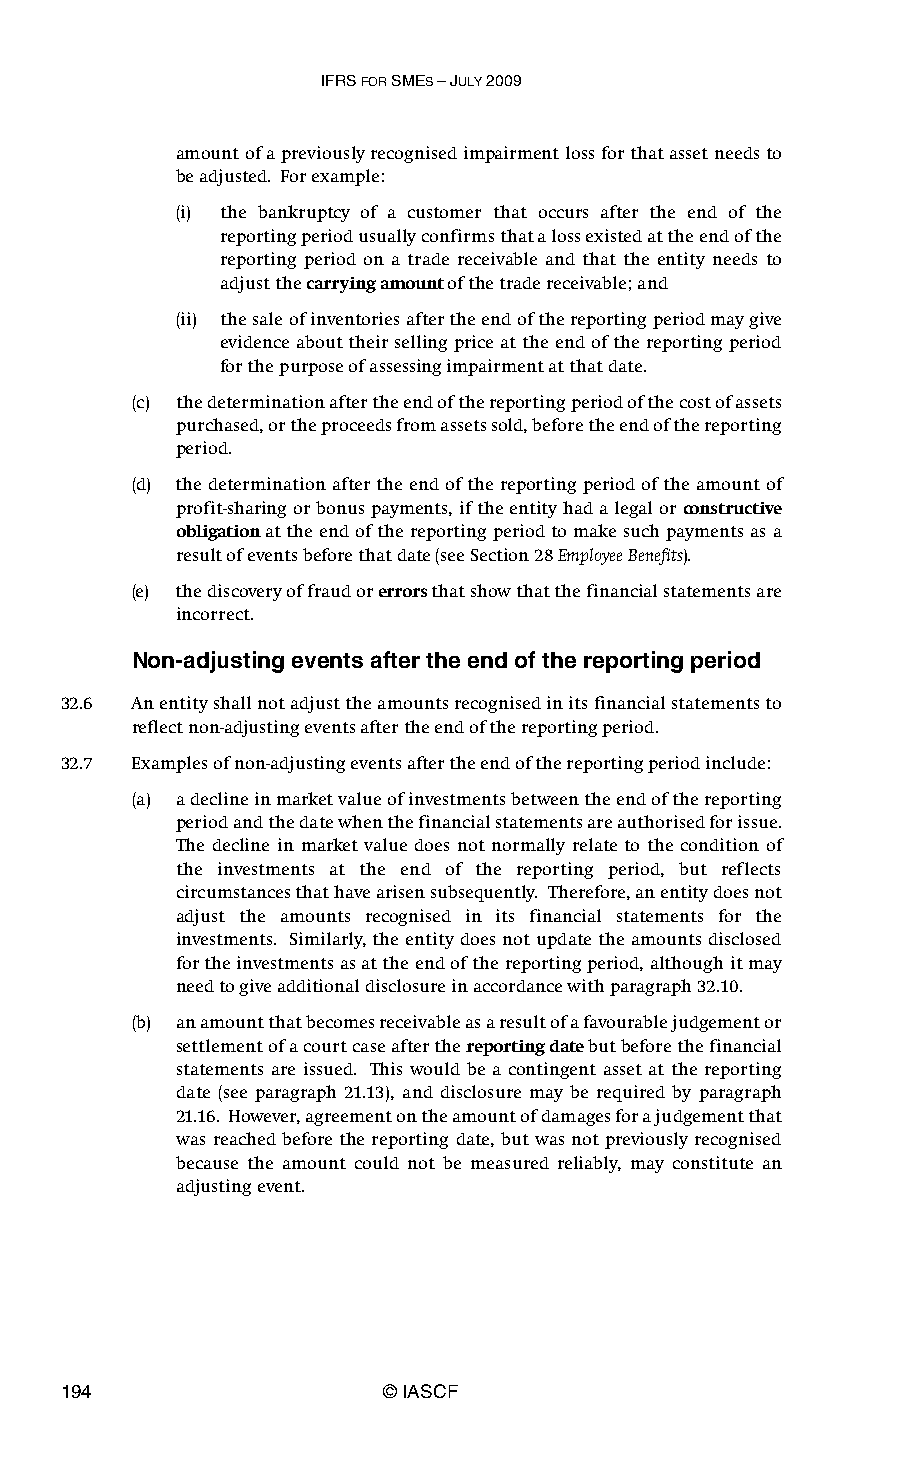
IFRS FOR SMES – JULY 2009
 amount of a previously recognised impairment loss for that asset needs to
 be adjusted. For example:
 (i) the bankruptcy of a customer that occurs after the end of the
 reporting period usually confirms that a loss existed at the end of the
 reporting period on a trade receivable and that the entity needs to
 adjust the carrying amount of the trade receivable; and
 (ii) the sale of inventories after the end of the reporting period may give
 evidence about their selling price at the end of the reporting period
 for the purpose of assessing impairment at that date.
 (c) the determination after the end of the reporting period of the cost of assets
 purchased, or the proceeds from assets sold, before the end of the reporting
 period.
 (d) the determination after the end of the reporting period of the amount of
 profit-sharing or bonus payments, if the entity had a legal or constructive
 obligation at the end of the reporting period to make such payments as a
 result of events before that date (see Section 28 Employee Benefits).
 (e) the discovery of fraud or errors that show that the financial statements are
 incorrect.
 Non-adjusting events after the end of the reporting period
 32.6 An entity shall not adjust the amounts recognised in its financial statements to
 reflect non-adjusting events after the end of the reporting period.
 32.7 Examples of non-adjusting events after the end of the reporting period include:
 (a) a decline in market value of investments between the end of the reporting
 period and the date when the financial statements are authorised for issue.
 The decline in market value does not normally relate to the condition of
 the investments at the end of the reporting period, but reflects
 circumstances that have arisen subsequently. Therefore, an entity does not
 adjust the amounts recognised in its financial statements for the
 investments. Similarly, the entity does not update the amounts disclosed
 for the investments as at the end of the reporting period, although it may
 need to give additional disclosure in accordance with paragraph 32.10.
 (b) an amount that becomes receivable as a result of a favourable judgement or
 settlement of a court case after the reporting date but before the financial
 statements are issued. This would be a contingent asset at the reporting
 date (see paragraph 21.13), and disclosure may be required by paragraph
 21.16. However, agreement on the amount of damages for a judgement that
 was reached before the reporting date, but was not previously recognised
 because the amount could not be measured reliably, may constitute an
 adjusting event.
 194                   © IASCF